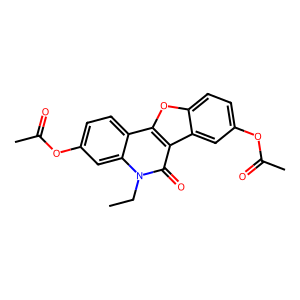
SMILES: CCn1c(=O)c2c3cc(OC(C)=O)ccc3oc2c2ccc(OC(C)=O)cc21
Inhibits HIV replication: No